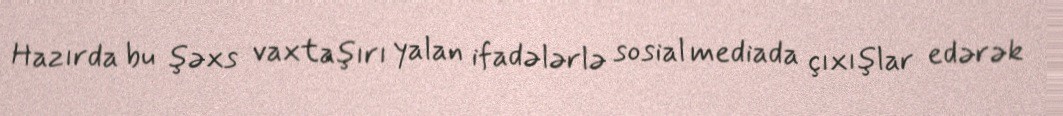
Hazırda bu şəxs vaxtaşırı yalan ifadələrlə sosial mediada çıxışlar edərək